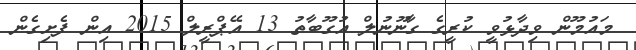
މައުމޫން ވިދާޅުވީ ކުރީގެ ގާނޫނުލް އުގޫބާތު 13 އޭޕްރީލް 2015 އިން ފެށިގެން